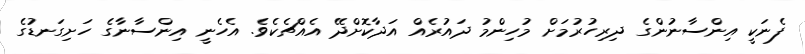
ފެނަކީ އިންސާނުންގެ ދިރިހުރުމަށް މުހިންމު ދައުރެއް އަދާކޮށްދޭ އެއްޗެކެވެ. އެހެނީ އިންސާނާގެ ހަށިގަނޑުގެ